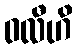
ဝလီဟိ